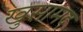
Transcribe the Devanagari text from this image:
खुसामद